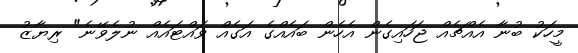
މީހަކު ބުނާ އެއްޗެއް ޖަހައިގެން އެހެން ބައެއްގެ އަގެއް ވައްޓައެއް ނުލެވޭނެ" ރިޔާޒު